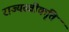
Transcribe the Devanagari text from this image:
राज्यस्वीकृति